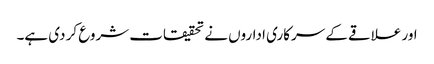
اور علاقے کے سرکاری اداروں نے تحقیقات شروع کر دی ہے۔